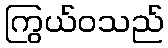
ကြွယ်ဝသည်